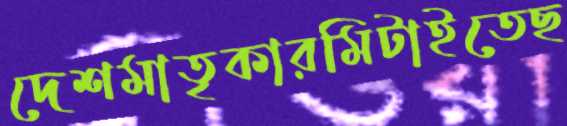
দেশমাতৃকারমিটাইতেছ